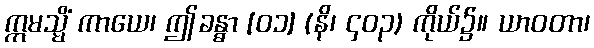
ဣမသ္မိံ ကာယေ၊ ဤခန္ဓာ [၀၁] (နိ၊ ၄၀၃) ကိုယ်၌။ ယာဝတာ၊